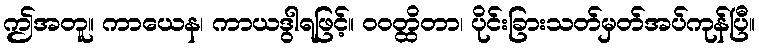
ဤအတူ။ ကာယေန၊ ကာယဒွါရဖြင့်။ ဝဝတ္ထိတာ၊ ပိုင်းခြားသတ်မှတ်အပ်ကုန်ပြီ။